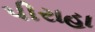
પીરાહા